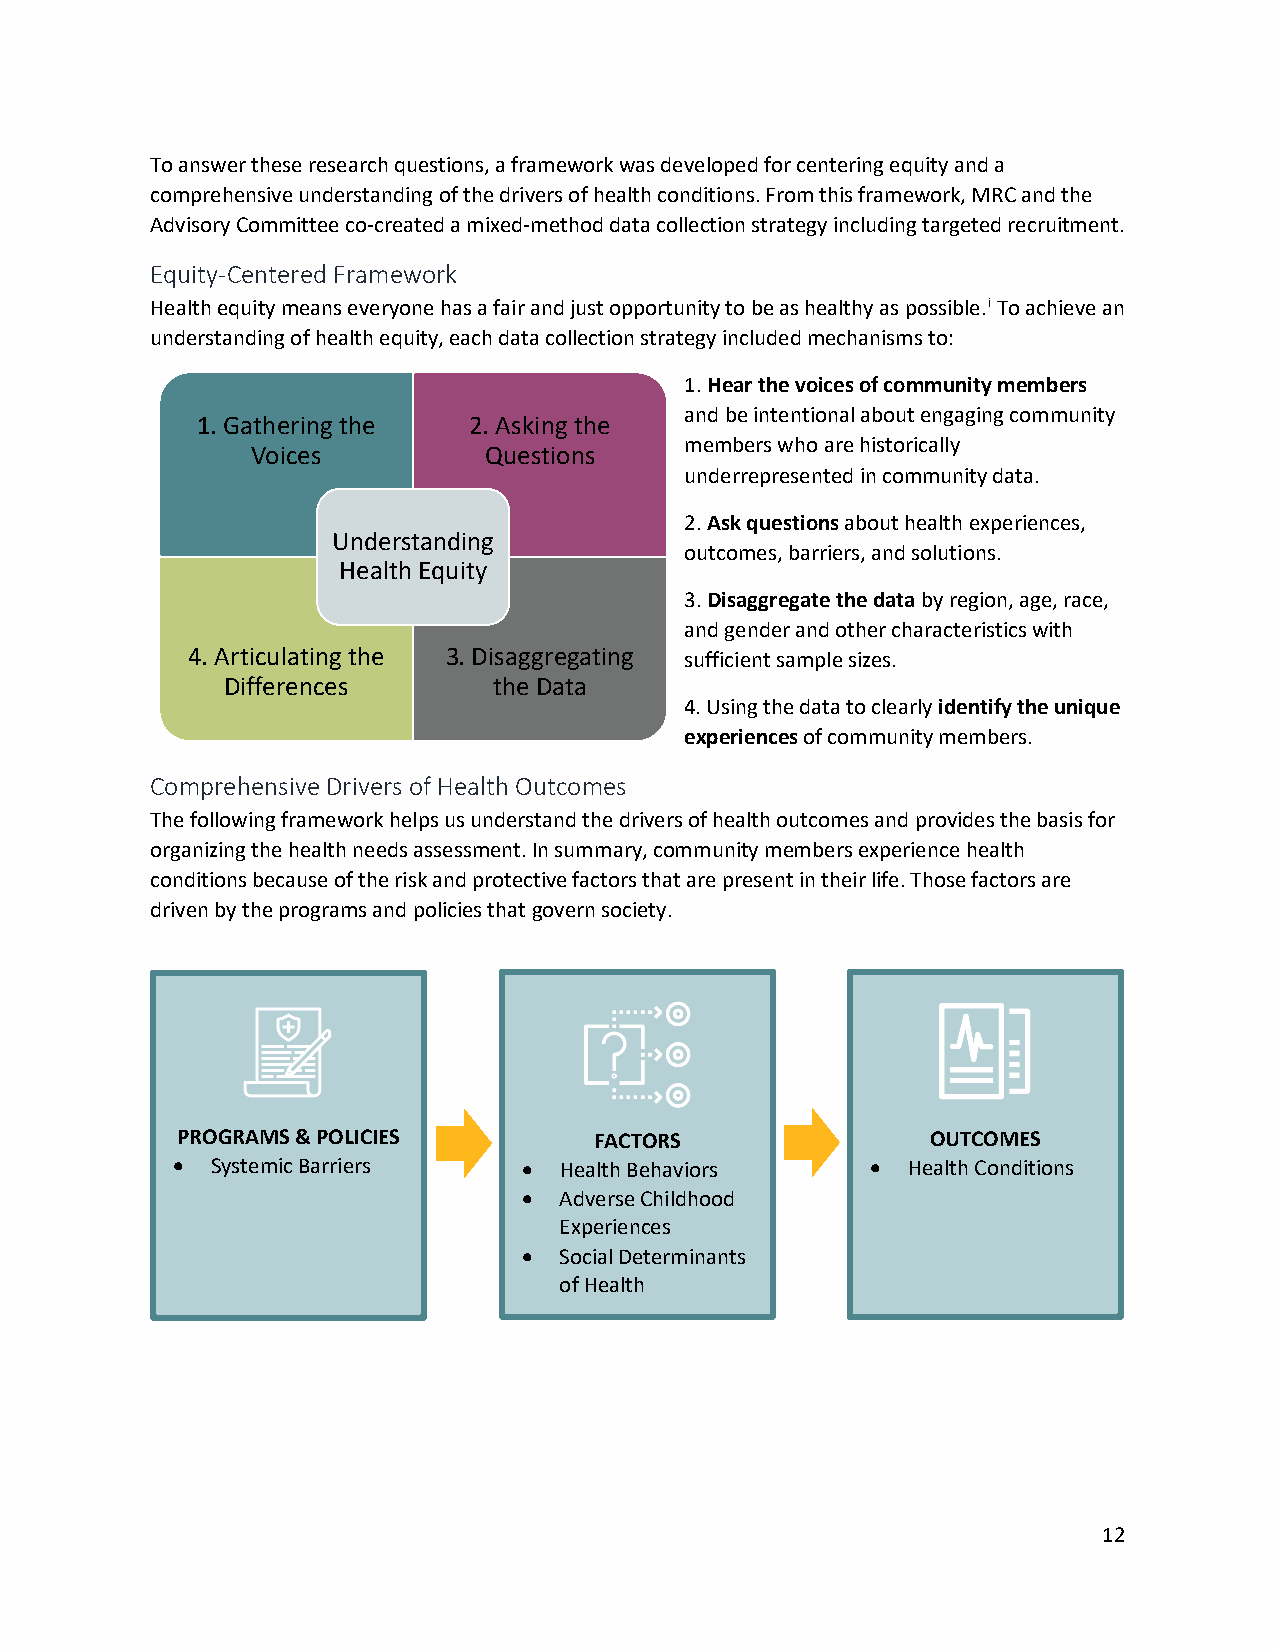
To answer these research questions, a framework was developed for centering equity and a
 comprehensive understanding of the drivers of health conditions. From this framework, MRC and the
 Advisory Committee co-created a mixed-method data collection strategy including targeted recruitment.
 Equity-Centered Framework
 Health equity means everyone has a fair and just opportunity to be as healthy as possible.i To achieve an
 understanding of health equity, each data collection strategy included mechanisms to:
 1. Hear the voices of community members
 and be intentional about engaging community
 1. Gathering the  2. Asking the
 members who are historically
 Voices         Questions
 underrepresented in community data.
 2. Ask questions about health experiences,
 Understanding
 outcomes, barriers, and solutions.
 Health Equity
 3. Disaggregate the data by region, age, race,
 and gender and other characteristics with
 4. Articulating the 3. Disaggregating sufficient sample sizes.
 Differences       the Data
 4. Using the data to clearly identify the unique
 experiences of community members.
 Comprehensive Drivers of Health Outcomes
 The following framework helps us understand the drivers of health outcomes and provides the basis for
 organizing the health needs assessment. In summary, community members experience health
 conditions because of the risk and protective factors that are present in their life. Those factors are
 driven by the programs and policies that govern society.
 PROGRAMS & POLICIES        FACTORS                OUTCOMES
 •  Systemic Barriers    • Health Behaviors     • Health Conditions
 • Adverse Childhood
 Experiences
 • Social Determinants
 of Health
 12